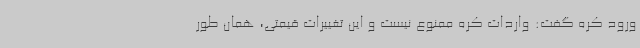
ورود کره گفت: واردات کره ممنوع نیست و این تغییرات قیمتی، همان طور